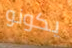
يكونو